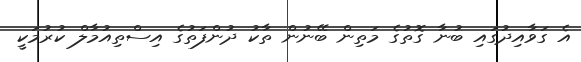
އެ ގަވާއިދުގައި ބުނާ ގޮތުގެ މަތިން ބޭނުން ތާކު ދުންފަތުގެ އިސްތިއުމާލް ކުރުމަކީ